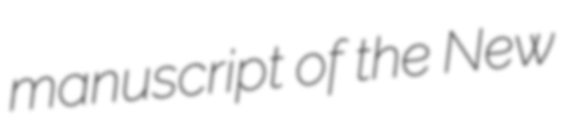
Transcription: manuscript of the New